Calcutta medical institutions reports 1892-1900
Year: 1892
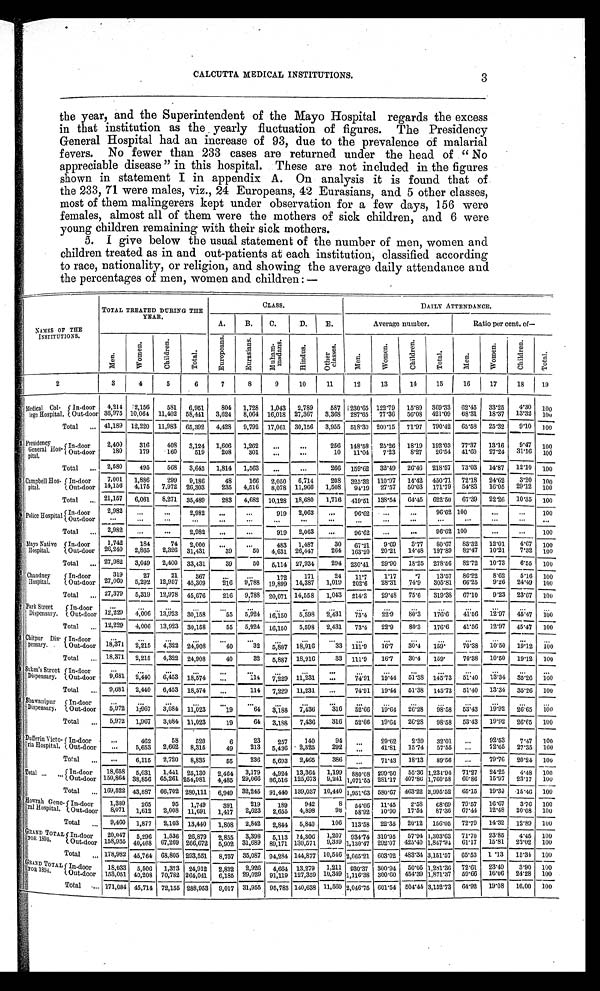
CALCUTTA MEDICAL INSTITUTIONS.
3
the year, and the Superintendent of the Mayo Hospital regards the excess
in that institution as the yearly fluctuation of figures. The Presidency
General Hospital had an increase of 93, due to the prevalence of malarial
fevers. No fewer than 233 cases are returned under the head of “No
appreciable disease” in this hospital. These are not included in the figures
shown in statement I in appendix A. On analysis it is found that of
the 233, 71 were males, viz., 24 Europeans, 42 Eurasians, and 5 other classes,
most of them malingerers kept under observation for a few days, 156 were
females, almost all of them were the mothers of sick children, and 6 were
young children remaining with their sick mothers.
5. I give below the usual statement of the number of men, women and
children treated as in and out-patients at each institution, classified according
to race, nationality, or religion, and showing the average daily attendance and
the percentages of men, women and children :—
NAMES OF THE
INSTITUTIONS.
TOTAL TREATED DURING THE
YEAR.
CLASS.
DAILY ATTENDANCE.
A. B.
C.
D.
E.
Average number.
Ratio per cent. of
—
M e n .
W o m e n .
C h i l d r e n .
T o t a l .
E u r o p e a n s .
E u r a s i a n s .
Mu h a m-
ma d a n s .
H i n d u s .
O t h e r
c l a s s e s .
M e n .
W o m e n .
C h i l d r e n .
T o t a l .
M e n .
W o m e n .
C h i l d r e n .
Tot al .
2
3
4
5
6
7
8
9
10
11
12
13
14
15
16
17
18
19
Medical Col-
lege Hospital.
In-door
4,214 2,156
581
6,951
804 1,728 1,043 2,789
587 230.65 122.79 15.89 369.33 62.45
33.25
4.30 100
Out-door 36,975 10,064 11,402 58,441 3,624 8,064 16,018 27,367
3 , 3 6 8
2 8 7 . 6 5 77.36
56.08 421.09 68.31
18.37 13.32 100
Total
. . . 41,189 12,220 11,983 65,392
4 , 4 2 8 9,792 17,061 30,156 3,955 518.30 200.15
71.97 790.42 65.58
25.32
9.10 100
Presidency
General Hos-
pital.
In-door
2,400
316
408
3,124 1,606
1,262
. . .
.. .
256 148.58 25.26 18.19 192.03 77.37
13.16
9.47 100
Out-door
180
179
160
519
208
301
...
. . .
10
11.04
7.23
8.27
2 6 . 5 4 41.60
27.24
31.16 100
Total
...
2,580
495
568
3,643 1,814 1,563
...
...
266 159.62 32.49 26.46 218.57 73.03 14.87 12.10 100
Campbell Hos-
pital.
In-door
7,001 1,886
299
9,186
4 8
166
2,050 6,714
208
3 2 5 . 3 2 110.97
14.42 450.71 72.18 24.62
3.20 100
14,156 4,175
7,972 26,303
235 4,516
8,078 11,966 1,508
94.19 27.57
50.03 171.79 54.83
16.05 29.12 100
Out-door
Total
. . .
21,157 6,061
8,271 35,489
283 4,682 10,128 18,680
1,716 419.51 138.54 64.45 622.50 67.39 22.26 10.35 100
Police Hospital In-door
2,982
...
...
2,982
...
. . .
919 2,063
. . .
96.62
...
. . .
9 6 . 6 2 100
...
...
100
Out-door ...
...
...
. . .
...
...
. . .
...
...
...
...
...
. . . ...
. . .
...
Total
...
2,982
. . .
...
2,982
...
...
919 2,063
...
96.62
...
...
96.62 100
...
. . .
100
Mayo Native
Hospital.
In-door
1,742
184
74 2,000
. . .
. . .
483 1,487
30
6 7 . 2 1
9.69
3.77
80.67
8 3 . 3 2 12.01
4.67 100
26,240
2,865
2,326 31,431
39
50
4,631 26,447
264 163.20 20.21 14.48 197.89 82.47 10.21
7.32 100
Out-door
Total
. . . 27,982
3,049
2,400 33,431
39
50
5,114 27,934
294 230.41
29.90
18.25 278.56 82.72 10.73
6.55 100
Chandney
Hospital.
In-door
319
27
21
367
. . .
...
172
171
24
11.7
1.17
.7
13.57 86.22
8.62
5.16 100
27,060
5,292 12,957 45,309
216
9,788 19,899 14,387
1,019 202.6
28.31
74.9 305.81 66.25
9.26 24.49 100
Out-door
Total
... 27,379
5,319 12,978 45,676
216 9,788 20,071 14,558
1,043 214.3
29.48
75.6 319.38 67.10
9.23 23.67 100
Park Street
Dispensary.
Indoor
. . .
...
. . .
. . .
. . . ...
...
...
. . .
. . .
...
...
. . .
. . .
. . .
...
...
Out-door 12,229
4,006
1 3 , 9 2 3 30,158
55
5,924 16,150
5,598
2 , 4 3 1
7 3 . 4
22.9
80.3
1 7 6 . 6
41.56 12.97 45.47 100
Total
... 12,229 4,006 13,923 30,158
5 5 5,924
1 6 , 1 5 0 5,598 2,431
73.4
22.9
80.3
176.6
41.56 12.97 45.47 100
Chitpur Dis-
pensary.
In-door
...
. . .
...
...
. . .
...
... ...
...
. . . ...
. . . ...
...
...
. . .
...
Out-door 18,371 2,215
4,322 24,908
40
32
5,887 18,916
33
1 1 1 . 9
16.7
30.4
159.
70.38 10.50 19.12 100
Total
... 18,371 2,215
4,322 24,908
40
32
5,887 18,916
33 111.9
16.7
30.4
159.
70.38 10.50
19.12 100
Sukea's Street
Dispensary.
In-door
. . .
...
. . .
. . .
. . . ...
...
...
...
. . . ...
...
. . . . . .
. . .
...
...
Out-door
9,681 2,440
6 , 4 5 3
1 8 , 5 7
4
. . .
114 7,229 11,231
...
74.91 19.44
51.38
1 4 5 . 7 3
5 1 . 4 0 13.34 35.26 100
Total
...
9,681 2,440
6,453 18,574
...
114 7,229 11,231
...
74.91 19.44 51.38 145.73 51.40 13.34 35.26 100
Bhawanipur
Dispensary
.
In-door
. . .
...
. . .
. . .
. . .
...
...
...
. . .
. . .
. . .
. . .
. . . ...
. . .
...
...
Out-door
5,972
1,967 3,084
1 1 , 0 2 3
1 9
64
3,188
7,436
316 52. 66 19.64
26.28
98.58
53.43 19.92
26.65 100
Total
. . .
5,972 1,967
3 , 0 8 4 11,023
19
64 3,188
7,436
316
52.66 19.64
26.28 98.58 53.43 19.92 26.65 100
Dufferin Victo-
ria Hospital.
In-door
...
462
58
520
6
23
257
140
94
. . .
29.62
2.39
32.01
...
92.53
7.47 100
...
5,653 2,662 8,315
49
213 5,436 2,325
292
. . . 41.81
15.74
57.55
...
72.65
27.35 100
Out-door
Total
...
...
6,115
2,720
8 , 8 3 5
55
236
5,693
2,465
386
. . . 71.43
18.13
89.56
...
79.76
20.24 100
T otal ...
In-door
18,658 5,031
1,441 25,130
2,464
3,179 4,924 13,364 1,199 880.08 299.50
55.36 1,234.94 71.27
24.25
4.48 100
Out-door 150,864 38,856 65,261 254,981 4,485 29,066 86,516 125,673 9,241 1,071.55 281.17 407.86 1,760.58 60.86
15.97
23.17 100
Total
. . . 169,522 43,887 66,702 280,111 6,949 32,245 91,440 139,037 10,440 1,951.63 580.67 463.22 2,995.52 65.15
19.39 15.46 100
Howrah Gene-
ral Hospital.
In-door
1,389
265
95
1,749
391
219
189
942
8 54.66 11.45
2.58
6 8 . 6 9 79.57
16.67
3.76 100
O u t - d o o r 8,071 1,612 2,008 11,691 1,417
2,623 2,655 4,898
9 8 58.92 10.90 17.54
87.36 67.44
12.48 20.08 100
Total
. . . 9,460 1,877
2,103 13,440 1,808 2,842
2,844 5,840
106 113.58 22.35 20.12 156.05 72.79
14.32
12.89 100
GRAND TOTAL
FOR 1895
.
In-door
20,047 5, 296
1,536 26,879 2,855 3,398
5,113 14,306 1,207 934.74 310.95
57.94 1,303.63 71.70
23.85
4.45 100
Out-door 158,935 40,468 67,269 266,672 5,902 31,689 89,171 130,571 9,339 1,130.47 292.07 425.40 1,847.94 61.17
15.81
23.02 100
Total
... 178,982 45,764 68,805 293,551 8,757 35,087 94,284 144,877 10,546 2,065.21 603.02 483.34 3,151.57 65.53 1.13
15.34 100
GRAND TOTAL
FOR 1894.
In-door
18,033 5,506 1,373 24,912 2,832 2,926 4,664 13,279 1,211 930.37 300.94 50.05 1,281.36 72.61
23.49
3.90 100
Out-door 153,051 40,208 70,782 264,041 6,185 29,029 91,119 127,359 10,349 1,116.38 300.60 454.39 1,871.37 59.66 16.06 24.28 100
Total
. . . 171,084 45,714 72,155 288,953 9,017 31,955 95,783 140,638 11,560 2,046.75 601.54 504.44 3,152.73 64.92
19.08
16.00 100